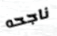
ناجحه